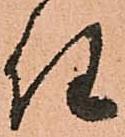
任